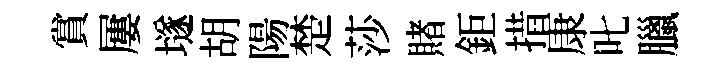
賞屢𡑞胡陽楚莎賭鉅措康叱臘